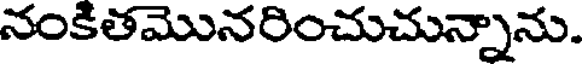
నంకితమొనరించుచున్నాను.